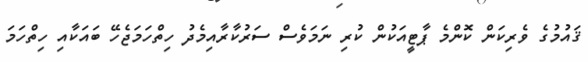
ޤައުމުގެ ވެރިކަން ކޮންމެ ޕާޓީއަކުން ކުރި ނަމަވެސް ސަރުކާރާއިމެދު ހިތްހަމަޖެހޭ ބައަކާއި ހިތްހަމަ